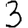
Digit: 3